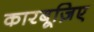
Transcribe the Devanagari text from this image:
कारबूज़िए